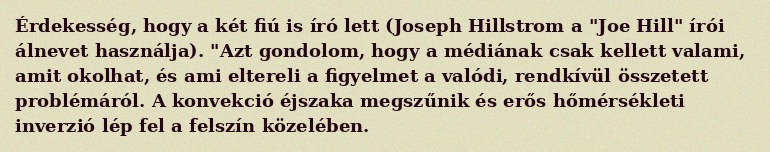
Érdekesség, hogy a két fiú is író lett (Joseph Hillstrom a "Joe Hill" írói álnevet használja). "Azt gondolom, hogy a médiának csak kellett valami, amit okolhat, és ami eltereli a figyelmet a valódi, rendkívül összetett problémáról. A konvekció éjszaka megszűnik és erős hőmérsékleti inverzió lép fel a felszín közelében.